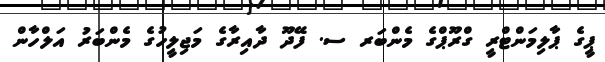
ޕީގެ ޕާލިމަންޓްރީ ގްރޫޕްގެ މެންބަރ ސ. ފޭދޫ ދާއިރާގެ މަޖިލީހުގެ މެންބަރު އަލްހާން